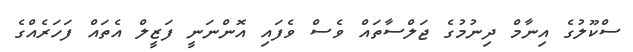
ސްކޫލުގެ އިނާމް ދިނުމުގެ ޖަލްސާތައް ވެސް ވެފައި އޮންނަނީ ފަޒީލް އެތައް ފަހަރެއްގެ